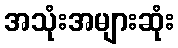
အသုံးအများဆုံး